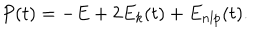
P ( t ) = - E + 2 E _ { k } ( t ) + E _ { n l p } ( t ) .